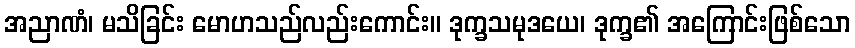
အညာဏံ၊ မသိခြင်း မောဟသည်လည်းကောင်း။ ဒုက္ခသမုဒယေ၊ ဒုက္ခ၏ အကြောင်းဖြစ်သော